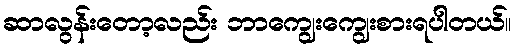
ဆာလွန်းတော့လည်း ဘာကျွေးကျွေးစားရပါတယ်။